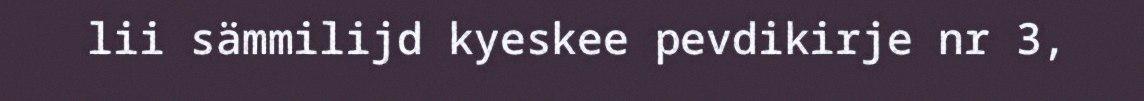
lii sämmilijd kyeskee pevdikirje nr 3,